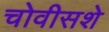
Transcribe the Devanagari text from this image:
चोवीसशे